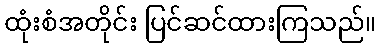
ထုံးစံအတိုင်း ပြင်ဆင်ထားကြသည်။